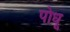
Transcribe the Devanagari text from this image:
पोधू